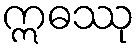
ဣဓဿု